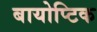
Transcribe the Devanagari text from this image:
बायोप्टिक